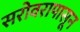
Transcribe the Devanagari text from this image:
सरोवरापासून